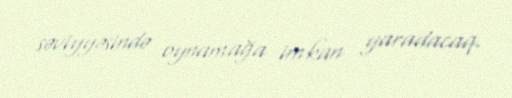
səviyyəsində oynamağa imkan yaradacaq.